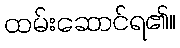
ထမ်းဆောင်ရ၏။